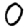
Digit: 0